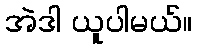
အဲဒါ ယူပါမယ်။